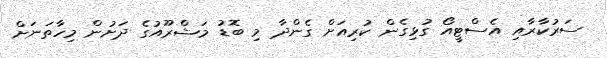
ސަރުކާރާއި އެސްޓީއޯ ގުޅިގެން ކުރިއަށް ގެންދާ މި ބޮޑު މަޝްރޫއުގެ ދަށުން މިހާތަނަށް